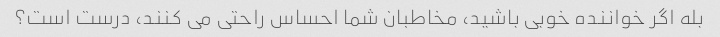
بله اگر خواننده خوبی باشید، مخاطبان شما احساس راحتی می کنند، درست است؟